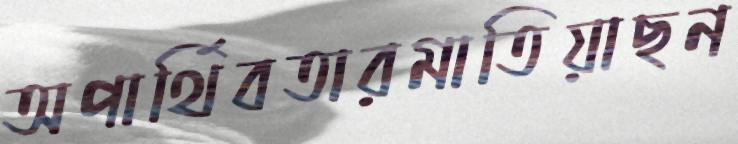
অপার্থিবতারমাতিয়াছন